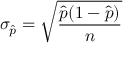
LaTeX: \sigma _ { \hat { p } } = { \sqrt { \frac { { \hat { p } } ( 1 - { \hat { p } } ) } { n } } }